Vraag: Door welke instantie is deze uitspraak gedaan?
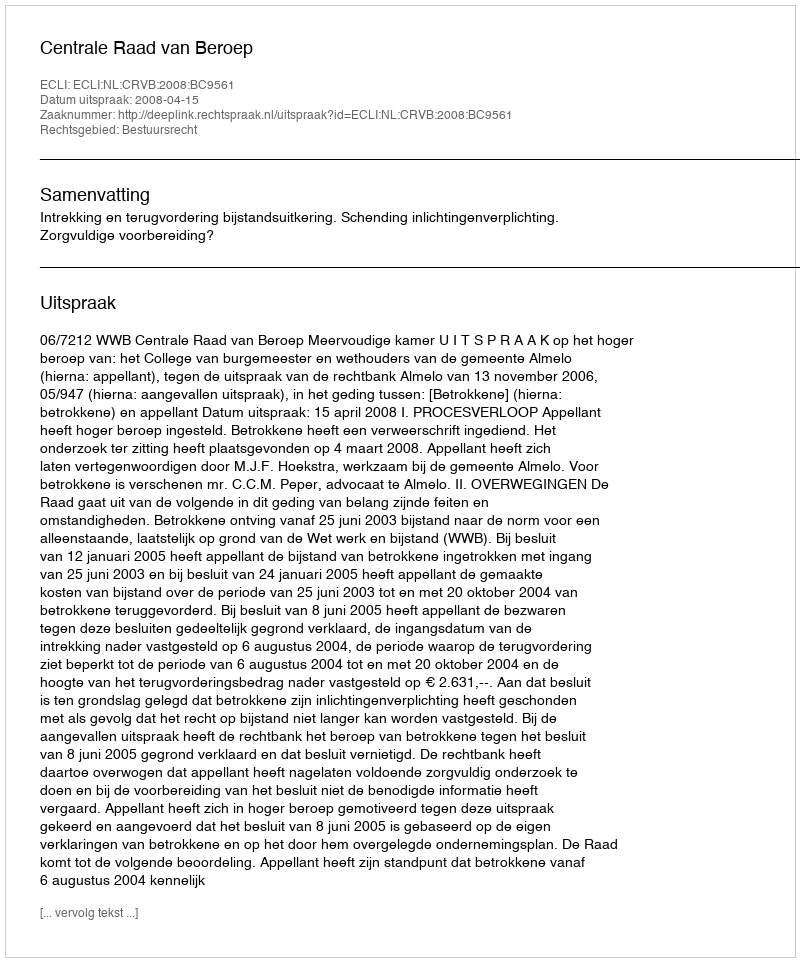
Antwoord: Centrale Raad van Beroep